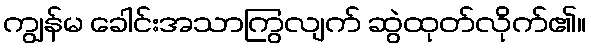
ကျွန်မ ခေါင်းအသာကြွလျက် ဆွဲထုတ်လိုက်၏။